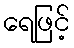
ရေဖြင့်